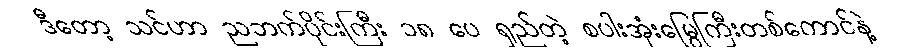
ဒီတော့ သင်ဟာ ညဘက်ပိုင်းကြီး ၁၈ ပေ ရှည်တဲ့ စပါးအုံးမြွေကြီးတစ်ကောင်နဲ့